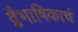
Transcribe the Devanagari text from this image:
द्वैभाषिकाचं